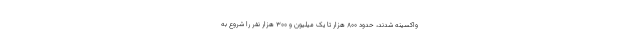
واکسینه شدند، حدود ۸۰۰ هزار تا یک میلیون و ۳۰۰ هزار نفر را شروع به